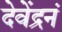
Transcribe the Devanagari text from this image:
देवेंद्रनं